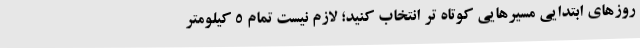
روزهای ابتدایی مسیرهایی کوتاه تر انتخاب کنید؛ لازم نیست تمام ۵ کیلومتر